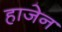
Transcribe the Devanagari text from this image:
हाजेन